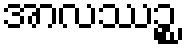
အာလဿဉ္စ